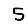
Digit: 5